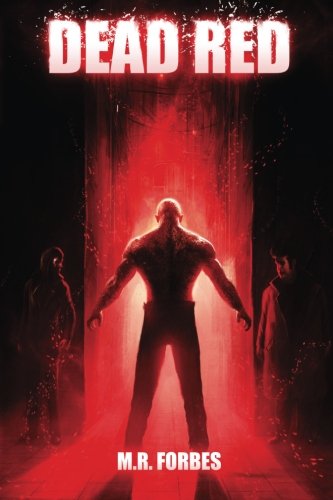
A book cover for Dead Red (Ghosts & Magic) (Volume 2); M.R. Forbes; Science Fiction & Fantasy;